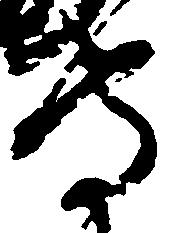
守